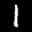
Label: 1